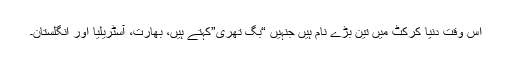
اس وقت دنیا کرکٹ میں تین بڑے نام ہیں جنہیں “بگ تھری”کہتے ہیں، بھارت، آسٹریلیا اور انگلستان۔